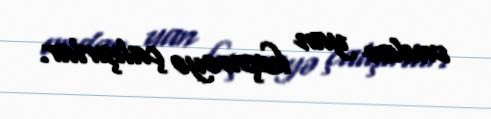
ondan yan keçməyə çalışırlar.